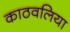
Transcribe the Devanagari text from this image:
काठवलिया